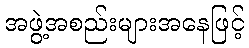
အဖွဲ့အစည်းများအနေဖြင့်